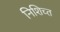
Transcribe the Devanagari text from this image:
निशिच्त